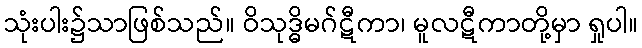
သုံးပါး၌သာဖြစ်သည်။ ဝိသုဒ္ဓိမဂ်ဋီကာ၊ မူလဋီကာတို့မှာ ရှုပါ။